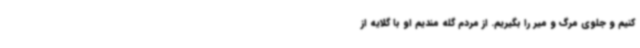
کنیم و جلوی مرگ و میر را بگیریم. از مردم گله مندیم او با گلایه از